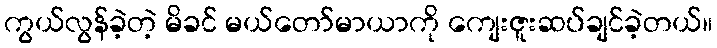
ကွယ်လွန်ခဲ့တဲ့ မိခင် မယ်တော်မာယာကို ကျေးဇူးဆပ်ချင်ခဲ့တယ်။